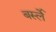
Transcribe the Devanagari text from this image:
बर्स्ले